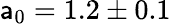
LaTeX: \mathsf{a}_{0}=1.2\pm0.1